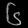
Digit: ၆